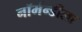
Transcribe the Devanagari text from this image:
नॉर्मन्डीला